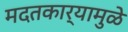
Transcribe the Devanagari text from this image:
मदतकार्यामुळे